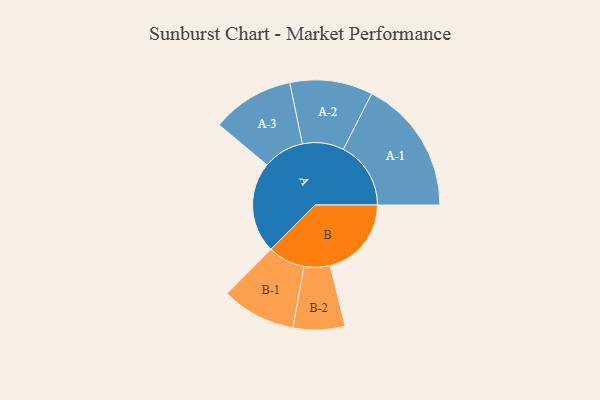
{"axis": {"x": "Segment", "y": "Value"}, "legend": ["", "A", "B"], "data": [{"x": "A", "y": 387, "type": ""}, {"x": "B", "y": 346, "type": ""}, {"x": "A-1", "y": 287, "type": "A"}, {"x": "A-2", "y": 176, "type": "A"}, {"x": "A-3", "y": 175, "type": "A"}, {"x": "B-1", "y": 158, "type": "B"}, {"x": "B-2", "y": 110, "type": "B"}]}